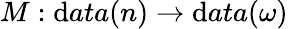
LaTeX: M:\mathrm{d}ata(n)\rightarrow\mathrm{d}ata(\omega)